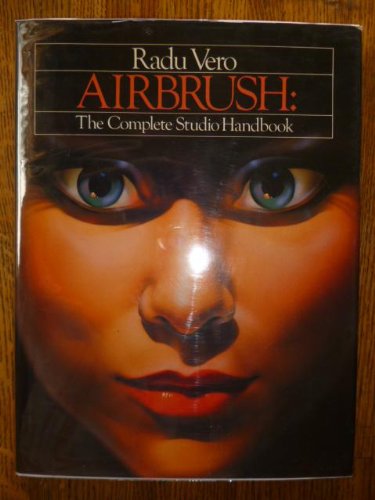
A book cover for Airbrush:  The Complete Studio Handbook; Radu Vero; Arts & Photography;